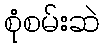
စုံစမ်းဆဲ